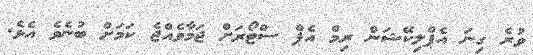
ވުރެ ގިނަ އެޕްލިކޭޝަން ރިމް އެޕް ސްޓޯރަށް ޖަމާވެއްޖެ ކަމަށް ބުނެވެ އެވެ.